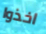
اخذوا